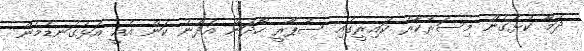
ދަމާ ކުޅެގެން މިސަރުކާރު ކައިރީގައި ސުޕާރީ ހޯދަން އެދުނު ކަން އެއީ އަޅުގަނޑުމެން